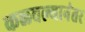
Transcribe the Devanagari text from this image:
कळवल्यानंतर